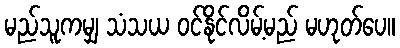
မည်သူကမျှ သံသယ ဝင်နိုင်လိမ့်မည် မဟုတ်ပေ။